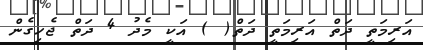
އަރިމަތީ ދަތް އަރިމަތީ ދަތް( ) އަކީ މެދު 4 ދަތް ޖެހިގެން